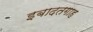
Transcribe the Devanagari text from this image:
इबादतगाह